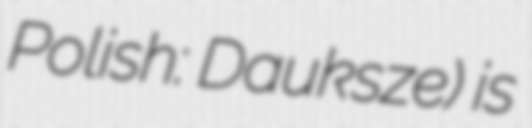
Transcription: Polish: Dauksze) is